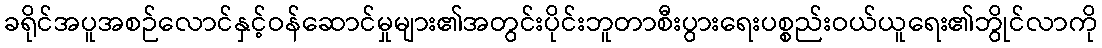
ခရိုင်အပူအစဉ်လောင်နှင့်ဝန်ဆောင်မှုများ၏အတွင်းပိုင်းဘူတာစီးပွားရေးပစ္စည်းဝယ်ယူရေး၏ဘွိုင်လာကို